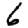
Digit: 6